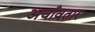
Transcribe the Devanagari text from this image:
अर्चावतार